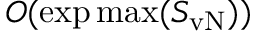
O ( \exp \operatorname* { m a x } ( S _ { \mathrm { v N } } ) )